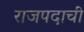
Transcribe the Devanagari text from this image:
राजपदाची